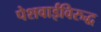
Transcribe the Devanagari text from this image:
पेशवाईविरुद्ध